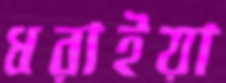
ধরাইয়া